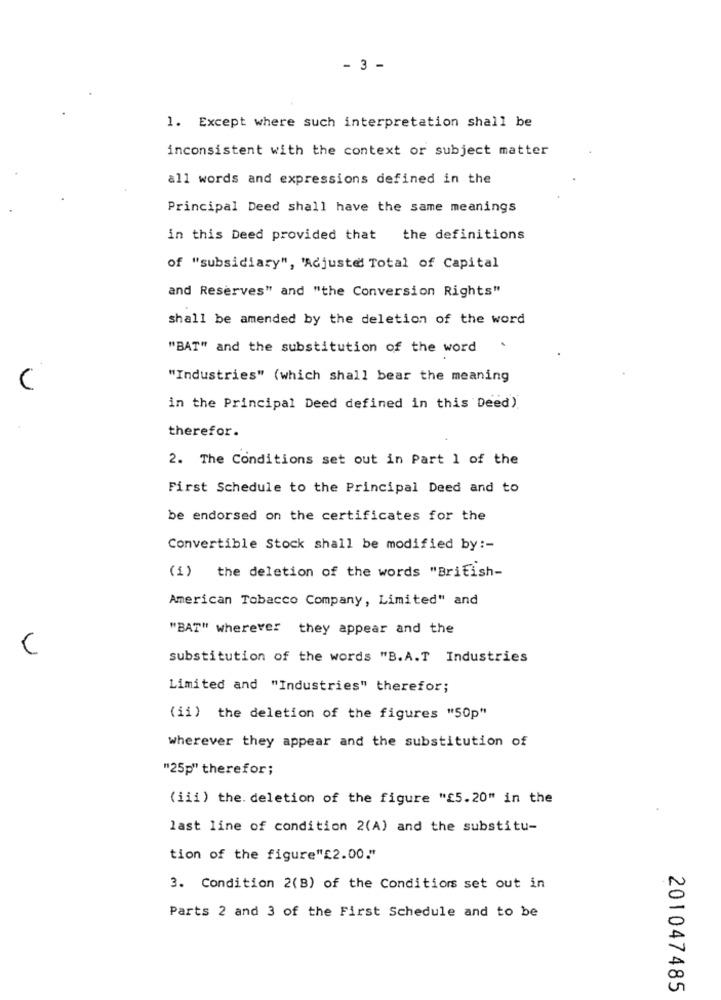
- 3 -
1. Except where such interpretation shall be
inconsistent with the context or subject matter
all words and expressions defined in the
Principal Deed shall have the same meanings
in this Deed provided that the definitions
of "subsidiary", 'Acjuste Total of Capital
and Reserves" and "the Conversion Rights"
shall be amended by the deletion of the word
"BAT" and the substitution of the word
.
C
"Industries" (which shall bear the meaning
in the Principal Deed defined in this Deed)
therefor.
2. The Conditions set out in Part 1 of the
First Schedule to the Principal Deed and to
be endorsed on the certificates for the
Convertible Stock shall be modified by :-
(1) the deletion of the words "British-
American Tobacco Company, Limited" and
"BAT" wherever they appear and the
C
substitution of the words "B.A.T Industries
Limited and "Industries" therefor;
(ii) the deletion of the figures "50p"
wherever they appear and the substitution of
"25p" therefor;
(iii) the. deletion of the figure "£5.20" in the
last line of condition 2(A) and the substitu-
tion of the figure"£2.00."
3. Condition 2(B) of the Conditions set out in
Parts 2 and 3 of the First Schedule and to be
201047485